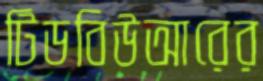
টিডবিউআরের